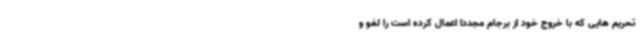
تحریم هایی که با خروج خود از برجام مجددا اعمال کرده است را لغو و